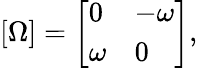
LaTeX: [\Omega]={\left[\begin{array}{ll}{0}&{-\omega}\\ {\omega}&{0}\end{array}\right]},